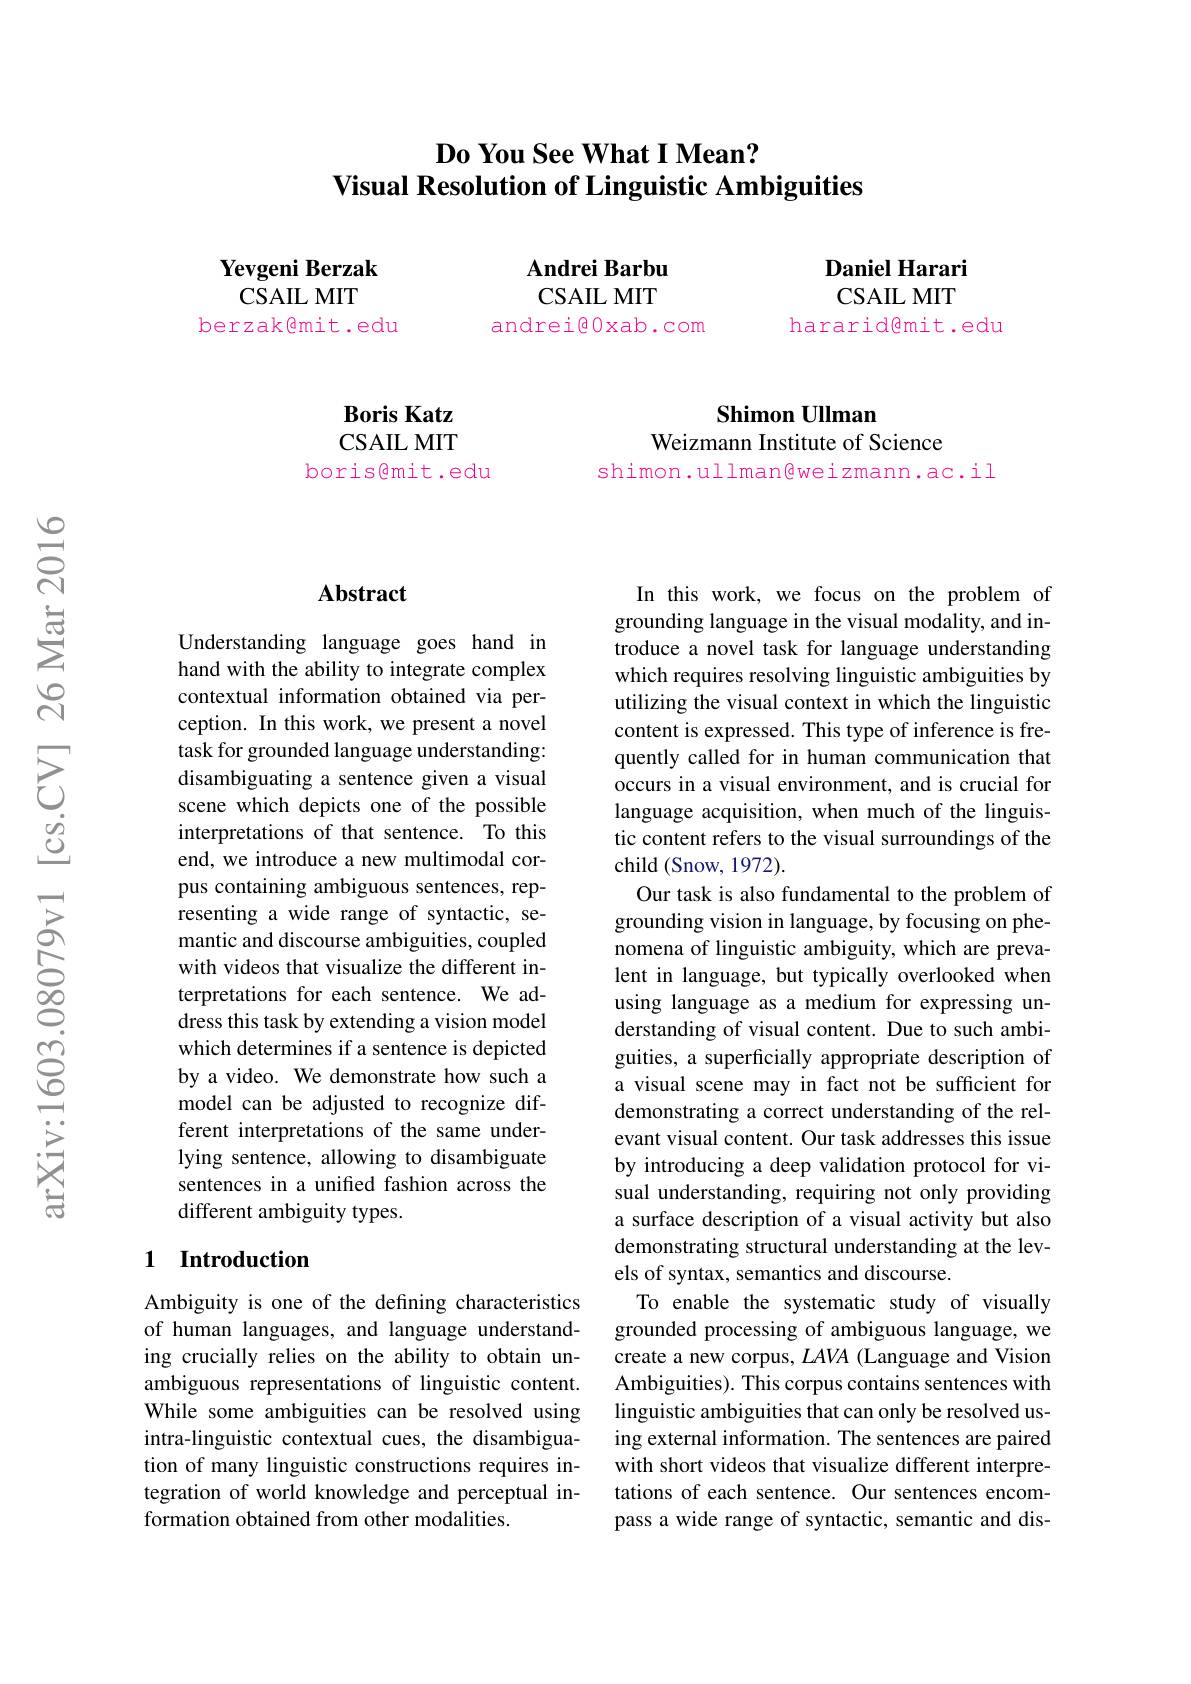
## $\textbf{Do You See What I Mean? }$ Visual Resolution of Linguistic Ambiguities

Daniel Harari

CSAILMIT

hararid@mit.edu

Andrei Barbu CSAILMIT
andrei@Oxab.com

Yevgeni Berzak
CSAIL MIT
berzak@mit.edu

Shimon Ullman
Weizmann Institute of Science

shimon.ullman@weizmann.ac.il

$\mathbf{BorisKatz}$ CSAILMIT
boris@mit.edu

### $\mathbf{Abstract}$

Understanding language goes hand in hand with the ability to integrate complex contextual information obtained via perception. In this work, we present a novel task for grounded language understanding: disambiguating a sentence given a visual scene which depicts one of the possible interpretations of that sentence. To this end, we introduce a new multimodal corpus containing ambiguous sentences, representing a wide range of syntactic, semantic and discourse ambiguities, coupled with videos that visualize the different interpretations for each sentence. We address this task by extending a vision model which determines if a sentence is depicted by a video. We demonstrate how such a model can be adjusted to recognize different interpretations of the same underlying sentence, allowing to disambiguate sentences in a unified fashion across the different ambiguity types.

## 1 Introduction

Ambiguity is one of the defining characteristics of human languages, and language understanding crucially relies on the ability to obtain unambiguous representations of linguistic content. While some ambiguities can be resolved using intra-linguistic contextual cues, the disambiguation of many linguistic constructions requires integration of world knowledge and perceptual information obtained from other modalities.

In this work, we focus on the problem of grounding language in the visual modality, and introduce a novel task for language understanding which requires resolving linguistic ambiguities by utilizing the visual context in which the linguistic content is expressed. This type of inference is frequently called for in human communication that occurs in a visual environment, and is crucial for language acquisition, when much of the linguistic content refers to the visual surroundings of the child (Snow, 1972).
Our task is also fundamental to the problem of grounding vision in language, by focusing on phenomena of linguistic ambiguity, which are prevalent in language, but typically overlooked when using language as a medium for expressing understanding of visual content. Due to such ambiguities, a superficially appropriate description of a visual scene may in fact not be sufficient for demonstrating a correct understanding of the relevant visual content. Our task addresses this issue by introducing a deep validation protocol for visual understanding, requiring not only providing a surface description of a visual activity but also demonstrating structural understanding at the levels of syntax, semantics and discourse.
To enable the systematic study of visually grounded processing of ambiguous language, we create a new corpus, $LAVA$ (Language and Vision Ambiguities). This corpus contains sentences with linguistic ambiguities that can only be resolved using external information. The sentences are paired with short videos that visualize different interpretations of each sentence. Our sentences encompass a wide range of syntactic, semantic and dis-